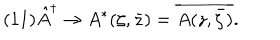
( 1 1 ) \hat { A } ^ { \dagger } \rightarrow A ^ { * } ( \zeta , \bar { z } ) = \overline { { { A ( z , \bar { \zeta } ) } } } .